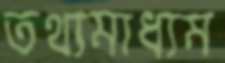
তথ্যমাধ্যম